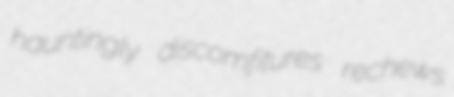
hauntingly discomfitures rechews